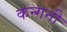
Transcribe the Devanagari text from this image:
कन्गनी